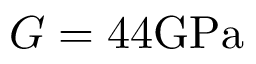
G = 4 4 \mathrm { G P a }